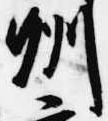
州